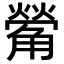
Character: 𮗵